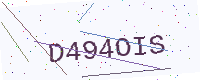
Text: D494OIS